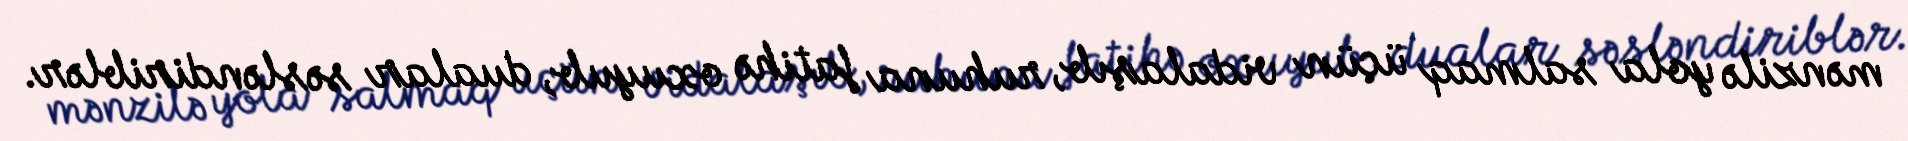
mənzilə yola salmaq üçün vidalaşıb, ruhuna fatihə oxuyub, dualar səsləndiriblər.